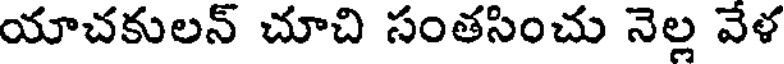
యాచకులన్ చూచి సంతసించు నెల్ల వేళ